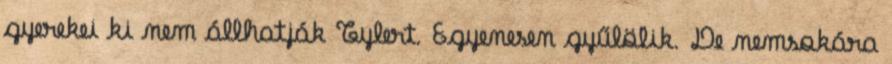
gyerekei ki nem állhatják Tylert. Egyenesen gyűlölik. De nemsokára